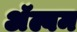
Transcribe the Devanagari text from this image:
अॅल्बम